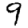
Digit: 9